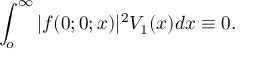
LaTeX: \int _ { o } ^ { \infty } | f ( 0 ; 0 ; x ) | ^ { 2 } V _ { 1 } ( x ) d x \equiv 0 .